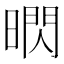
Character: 𱢚